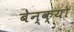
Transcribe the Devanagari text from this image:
बेन्क्यो